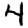
Digit: 4